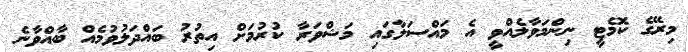
މިރޭގެ ކޮމެޓީ ނިންމަވާލެއްވީ އެ މައްސަލާގައި މަޝްވަރާ ކުރުމަށް އިތުރު ބައްދަލުވުމެއް ބާއްވާނެ